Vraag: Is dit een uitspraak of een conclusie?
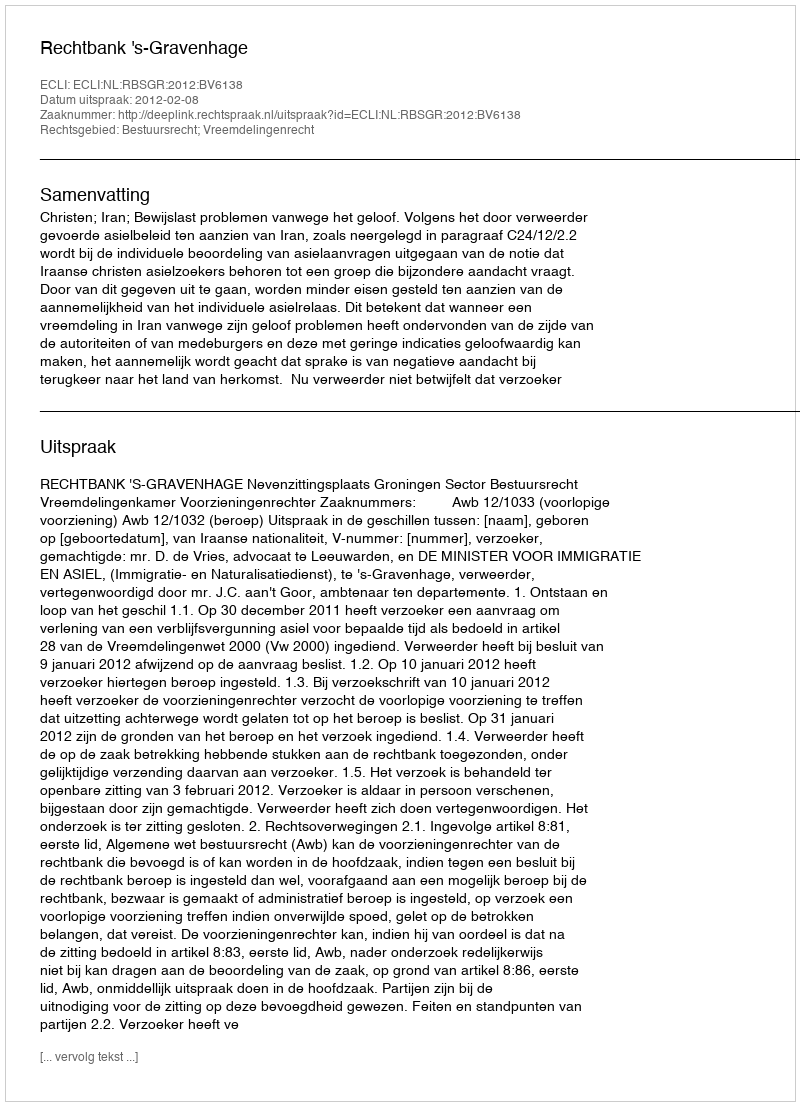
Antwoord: Uitspraak